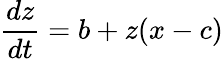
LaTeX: \frac{dz}{dt}=b+z(x-c)